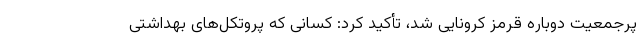
پرجمعیت دوباره قرمز کرونایی شد، تأکید کرد: کسانی که پروتکل‌های بهداشتی